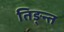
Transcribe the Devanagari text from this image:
तिङ्न्त